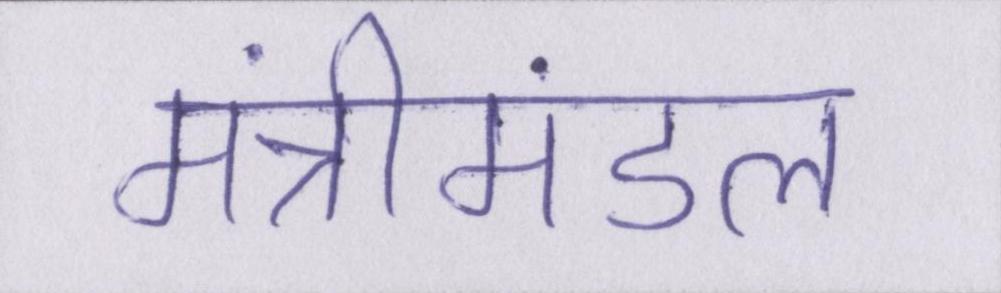
मंत्रीमंडल